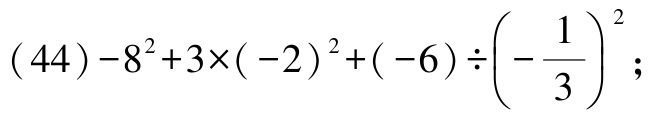
\((44)-8^{2}+3\times(-2)^{2}+(-6)\div\left(-\dfrac{1}{3}\right)^{2};\)